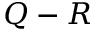
Q - R